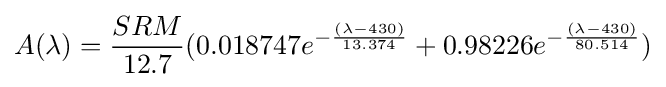
A(\lambda )={SRM \over 12.7}(0.018747e^{-{(\lambda -430) \over 13.374}}+0.98226e^{-{(\lambda -430) \over 80.514}})